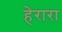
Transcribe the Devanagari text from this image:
हेरारा